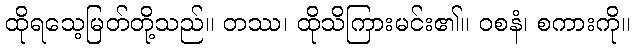
ထိုရသေ့မြတ်တို့သည်။ တဿ၊ ထိုသိကြားမင်း၏။ ဝစနံ၊ စကားကို။